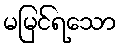
မမြင်ရသော